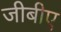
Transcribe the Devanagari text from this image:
जीबीए